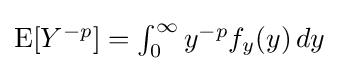
{\textstyle \operatorname {E} [Y^{-p}]=\int _{0}^{\infty }y^{-p}f_{y}(y)\,dy}